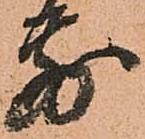
前